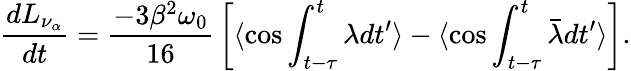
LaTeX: {\frac{dL_{\nu_{\alpha}}}{dt}}={\frac{-3\beta^{2}\omega_{0}}{16}}\left[\langle\cos\int_{t-\tau}^{t}\lambda dt^{\prime}\rangle-\langle\cos\int_{t-\tau}^{t}\bar{\lambda}dt^{\prime}\rangle\right].